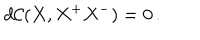
LaTeX: d \mathcal { C } ( X , X ^ { + } X ^ { - } ) = 0 \, .